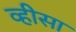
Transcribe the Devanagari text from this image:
व्हीसा